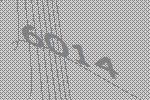
6014